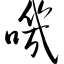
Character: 叽